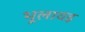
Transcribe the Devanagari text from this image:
भूलावइ